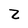
Character: 2